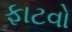
ફાટવો